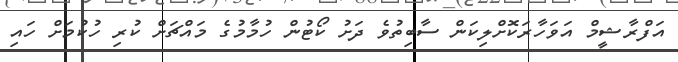
އަފްރާޝީމް އަވަހާރަކޮށްލިކަން ސާބިތުވެ ދަށު ކޯޓުން ހުމާމުގެ މައްޗަށް ކުރި ހުކުމަށް ހައި